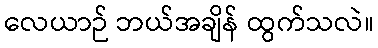
လေယာဉ် ဘယ်အချိန် ထွက်သလဲ။